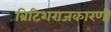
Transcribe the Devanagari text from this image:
ब्रिटिशराजकारणी